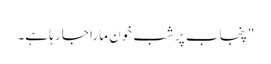
"پنجاب پر شب خون مارا جا رہا ہے۔